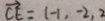
\overrightarrow { C E } = ( - 1 , - 2 , 2